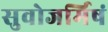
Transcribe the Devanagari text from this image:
सुवोजर्मिषं